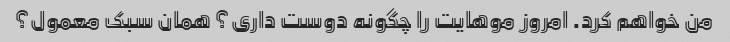
من خواهم کرد. امروز موهایت را چگونه دوست داری؟ همان سبک معمول؟